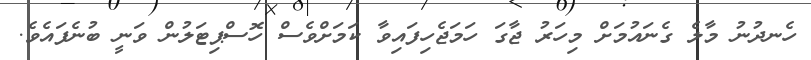
ހެނދުނު މާލެ ގެނައުމަށް މިހަރު ޖާގަ ހަމަޖެހިފައިވާ ކަމަށްވެސް ހޮސްޕިޓަލުން ވަނީ ބުނެފައެވެ.